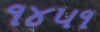
૧૪૫૧